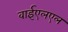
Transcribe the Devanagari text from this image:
वाईएलएल